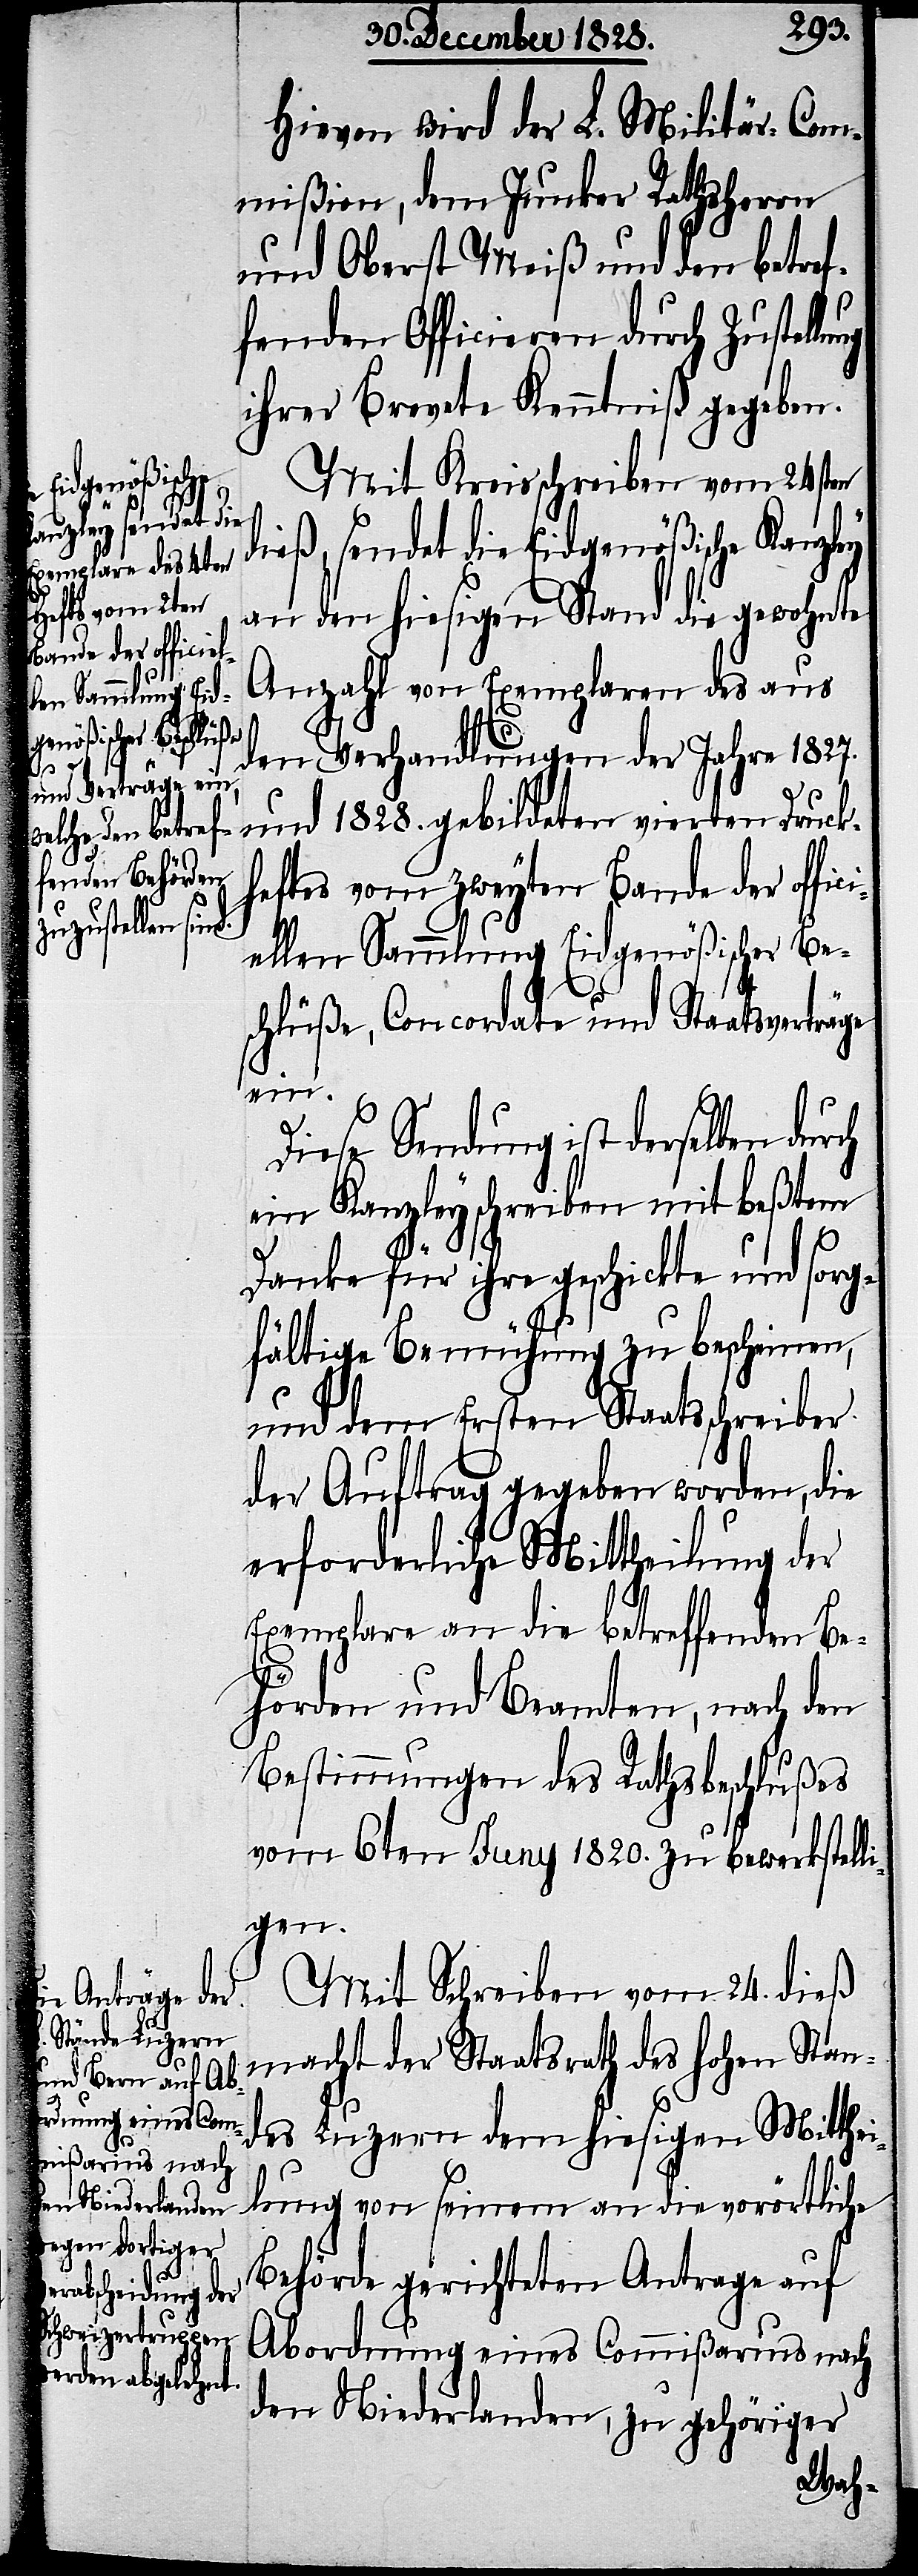
ch
Hievon wird der L. Militär-Com¬
mißion, dem Junker Rathsherrn
und Oberst Meiß und den betref¬
fenden Officieren durch Zustellu¬
ihrer Brevete Kenntniß gegeben.
Mit Kreisschreiben vom 24sten
dieß, sendet die Eidgenößische Kanzley
an den hiesigen Stand die gewohnte
Anzahl von Exemplaren des aus
den Verhandlungen der Jahre 1827.
und 1828. gebildeten vierten Druck¬
heftes vom zweyten Bande der offi¬
ellen Sammlung Eidgenößischer Be¬
schlüße, Concordate und Staatsverträge
ein.
Diese Sendung ist derselben dur¬
ein Kanzleyschreiben mit beßtem
Danke für ihre geschickte und sorg¬
fältige Bemühung zu bescheinen,
und dem Ersten Staatsschreiber
der Auftrag gegeben worden, die
erforderliche Mittheilung der
Exemplare an die betreffenden Be¬
hörden und Beamten, nach den
Bestimmungen des Rathsbeschlußes
vom 6ten Juny 1820. zu bewerkstell¬
igen.
Mit Schreiben vom 24. dieß
macht der Staatsrath des hohen Stan¬
des Luzern dem hiesigen Mitthei¬
lung von seinem an die vorörtliche
Behörde gerichteten Antrage auf
Abordnung eines Commißarius nach
den Niederlanden, zu gehöriger